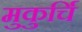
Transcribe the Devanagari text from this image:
मुकुर्चि